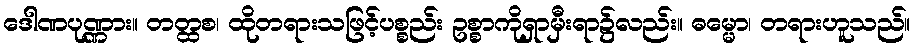
ဒေါဏပုဏ္ဏား။ တတ္ထစ၊ ထိုတရားသဖြင့်ပစ္စည်း ဥစ္စာကိုရှာမှီးရာ၌လည်း။ ဓမ္မော၊ တရားဟူသည်။